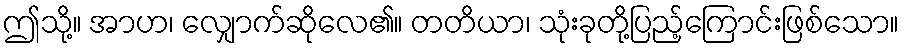
ဤသို့။ အာဟ၊ လျှောက်ဆိုလေ၏။ တတိယာ၊ သုံးခုတို့ပြည့်ကြောင်းဖြစ်သော။